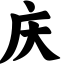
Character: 庆